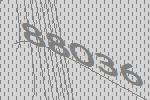
88036